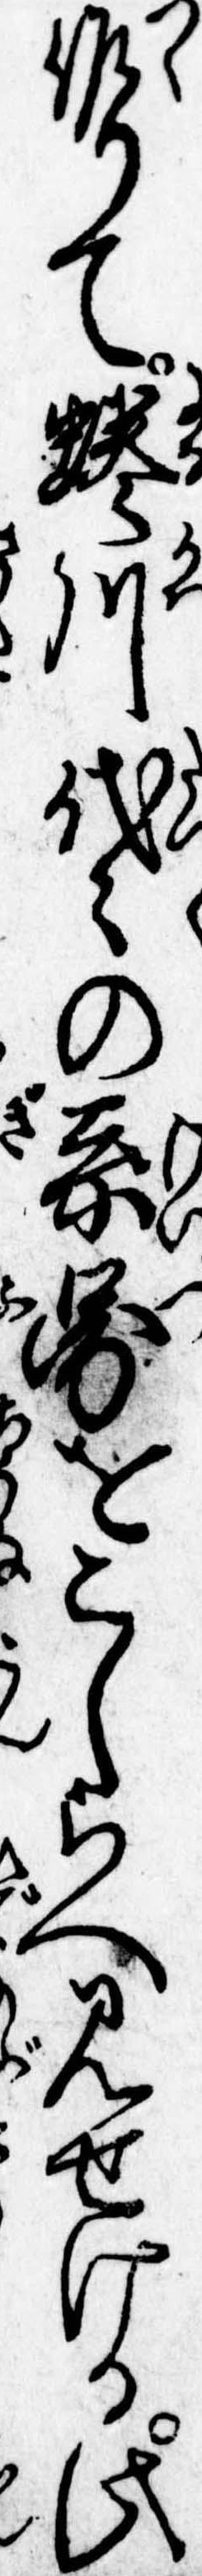
作りて蜷川代々の系図をこしらへ見せける此